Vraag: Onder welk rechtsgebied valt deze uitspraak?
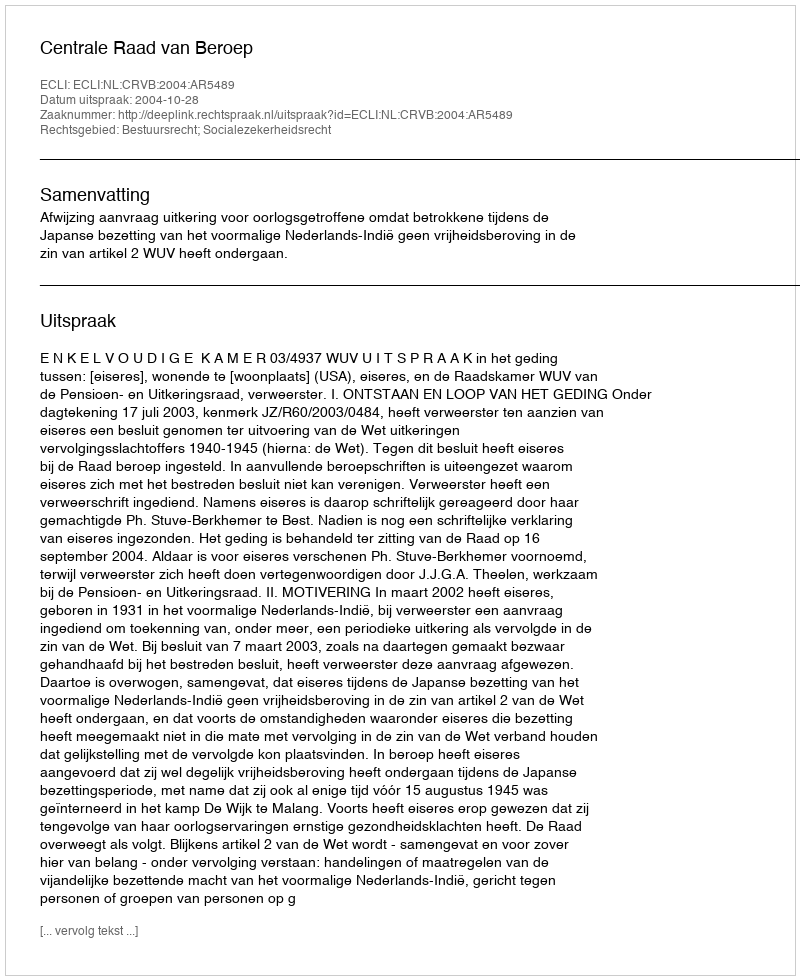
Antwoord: Bestuursrecht; Socialezekerheidsrecht